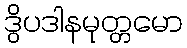
ဒွိပဒါနမုတ္တမော